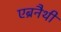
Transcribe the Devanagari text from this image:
एब्रनैथी